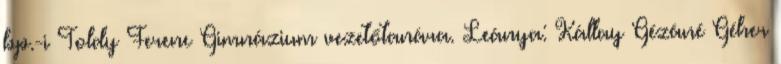
bp.-i Toldy Ferenc Gimnázium vezetőtanára. Leánya: Kállay Gézáné Géher